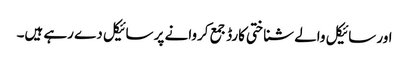
اور سائیکل والے شناختی کارڈ جمع کروانے پر سائیکل دے رہے ہیں۔